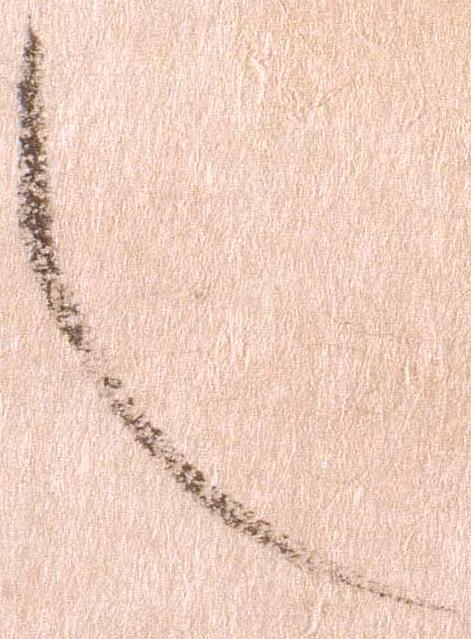
也